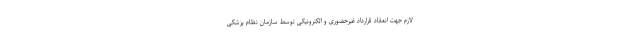
لازم جهت انعقاد قرارداد غیرحضوری و الکترونیکی توسط سازمان نظام پزشکی